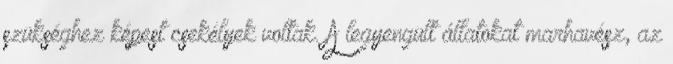
szükséghez képest csekélyek voltak. A legyengült állatokat marhavész, az